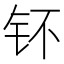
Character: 钚